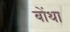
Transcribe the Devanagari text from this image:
बोंथा